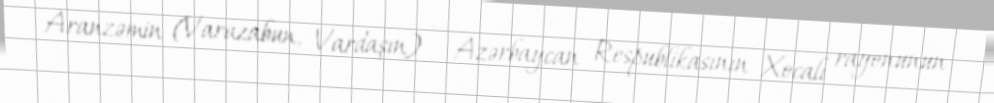
Aranzəmin (Varazabun, Vardaşın) — Azərbaycan Respublikasının Xocalı rayonunun